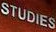
STUDIES